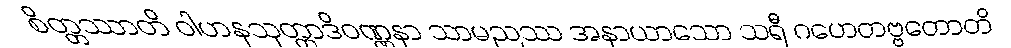
စိတ္တဿာတိ ဝါဟနသုတ္တာဒိဝဏ္ဏနာ သာမညဿ အနာယာသော သရီ ဂဟေတဗ္ဗတောတိ